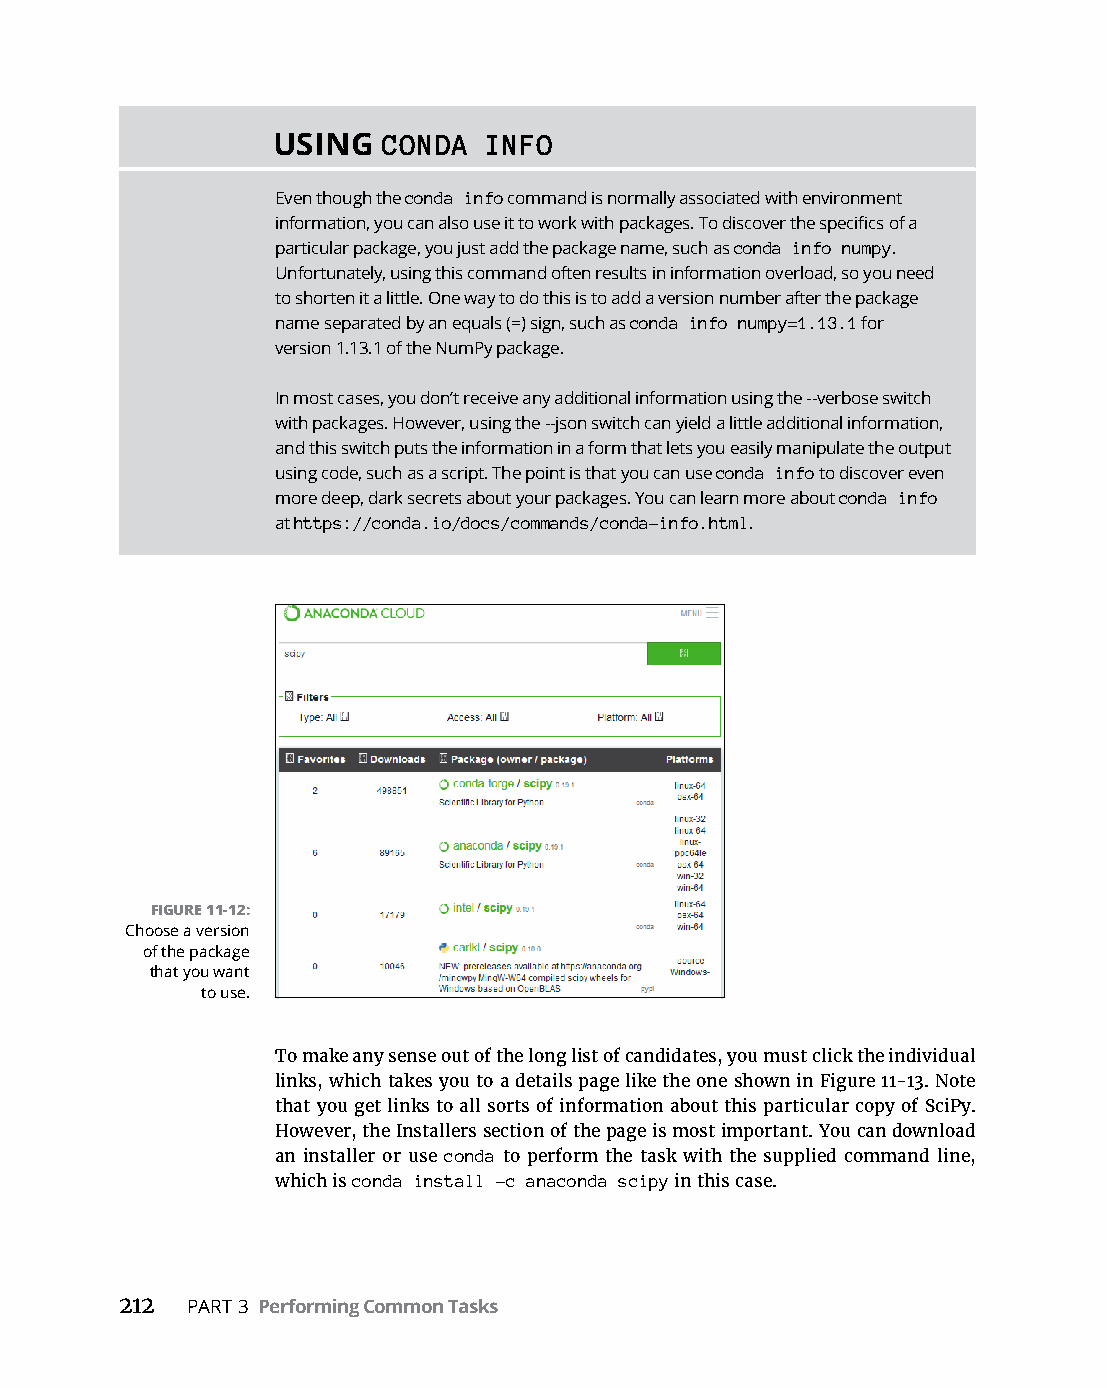
USING  CONDA  INFO
 Even though the conda info command is normally associated with environment
 information, you can also use it to work with packages. To discover the specifics of a
 particular package, you just add the package name, such as conda info numpy.
 Unfortunately, using this command often results in information overload, so you need
 to shorten it a little. One way to do this is to add a version number after the package
 name separated by an equals (=) sign, such as conda info numpy=1.13.1 for
 version 1.13.1 of the NumPy package.
 In most cases, you don’t receive any additional information using the --verbose switch
 with packages. However, using the --json switch can yield a little additional information,
 and this switch puts the information in a form that lets you easily manipulate the output
 using code, such as a script. The point is that you can use conda info to discover even
 more deep, dark secrets about your packages. You can learn more about conda info
 at https://conda.io/docs/commands/conda-info.html.
 FIGURE 11-12:
 Choose a version
 of the package
 that you want
 to use.
 To make any sense out of the long list of candidates, you must click the individual
 links,­which­takes­you­to­a­details­page­like­the­one­shown­in­Figure 11-13.­Note­
 that you get links to all sorts of information about this particular copy of SciPy.
 However,­the­Installers­section­of­the­page­is­most­important.­You­can­download­
 an installer or use conda to perform the task with the supplied command line,
 which is conda install -c anaconda scipy in this case.
 212 PART 3 Performing Common Tasks